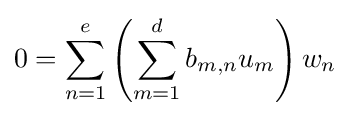
0=\sum _{n=1}^{e}\left(\sum _{m=1}^{d}b_{m,n}u_{m}\right)w_{n}